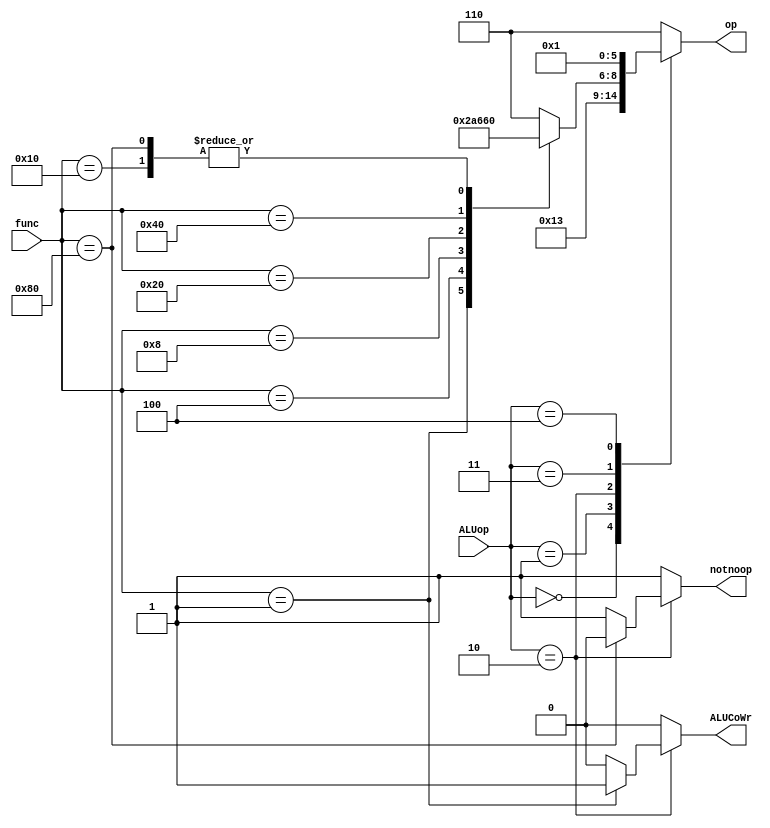
`define MoveTo 9'b000000001
`define MoveFrom 9'b000000010
`define Add 9'b000000100
`define Sub 9'b000001000
`define And 9'b000010000
`define Or  9'b000100000
`define Not 9'b001000000
`define Nop 9'b010000000
`timescale 1ns/1ns
module ALU_CU(ALUop,func,op,notnoop,ALUCoWr);
    input [2:0]ALUop;
    input [8:0]func;
    output reg [2:0]op;
    output reg notnoop,ALUCoWr;
    always @(ALUop,func) begin
        op=3'b000;ALUCoWr=1'b0;notnoop=1'b1;
        case (ALUop)
            3'b000: op=3'b010;//add
            3'b001: op=3'b011;//sub
            3'b010: begin
                op=3'b000;
                case (func)
                    `MoveTo: begin op=3'b101;ALUCoWr=1'b1;notnoop=1'b1;end// A
                    `MoveFrom: begin op=3'b110;ALUCoWr=1'b0;notnoop=1'b1;end//B
                    `Add: begin op=3'b010;ALUCoWr=1'b0;notnoop=1'b1;end//A+B
                    `Sub: begin op=3'b011;ALUCoWr=1'b0;notnoop=1'b1;end//A-B
                    `And: begin op=3'b000;ALUCoWr=1'b0;notnoop=1'b1;end//A&B
                    `Or:  begin op=3'b001;ALUCoWr=1'b0;notnoop=1'b1;end//A|B
                    `Not: begin op=3'b100;ALUCoWr=1'b0;notnoop=1'b1;end//~B
                    `Nop: begin notnoop=1'b0;end
                    default: begin op=3'b110;ALUCoWr=1'b0;notnoop=1'b1;end
                endcase
            end
            3'b011: op=3'b000;//A&B
            3'b100: op=3'b001;//A|B
            default: op=3'b110;
        endcase
        
    end
    

endmodule